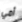
أمي